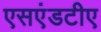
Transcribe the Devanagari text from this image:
एसएंडटीए